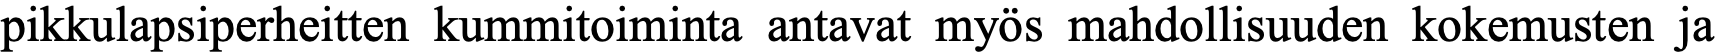
pikkulapsiperheitten kummitoiminta antavat myös mahdollisuuden kokemusten ja